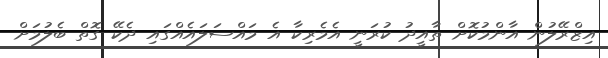
އިޒްރޭލުން އާންމުކޮށް ތާއީދު ކުރަނީ އެމެރިކާ އެ މައްސަލައެއްގައި ދެކޭ ގޮތް ބެލުމަށް